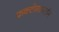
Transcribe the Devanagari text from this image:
फ्रक्टोसामाईन